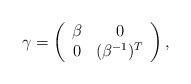
LaTeX: \begin{align*}\gamma = \left( \begin{array}{cc}\beta & 0 \\0 & (\beta^{-1})^T\end{array} \right), \end{align*}